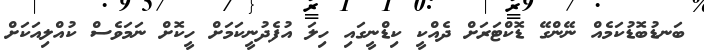
ބަނޑުބޮޑުކަމެއް ނޭންގޭ ޑޮކްޓަރަށް ދެއްކީ ކިޑްނީގައި ހިލަ އުފެދުނީކަމަށް ހީކޮށް ނަމަވެސް ކުއްލިއަކަށް